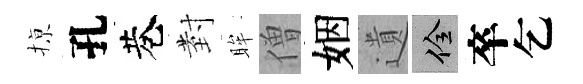
𢱊孔巷𭔹眸僧姻遺佺卒乞